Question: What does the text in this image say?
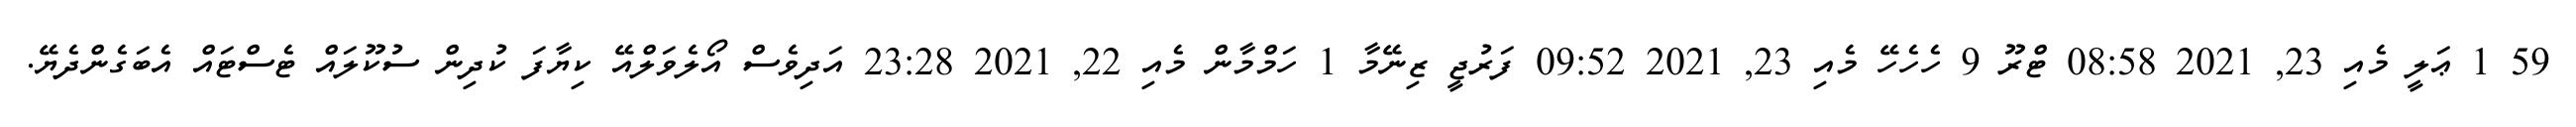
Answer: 59 1 ޢަލީ މެއި 23, 2021 08:58 ޓްރޫ 9 ހެހެހޭ މެއި 23, 2021 09:52 ފަރުޖީ ޒިނޭމާ 1 ހަމްމާން މެއި 22, 2021 23:28 އަދިވެސް އޯލެވަލްއޭ ކިޔާފަ ކުދިން ސުކޫލައް ޓެސްޓައް އެބަގެންދެޔޭ.